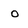
Character: o